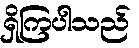
ရှိကြပါသည်